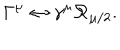
LaTeX: \Gamma ^ { \mu } \leftrightarrow \gamma ^ { \mu } \mathcal { R } _ { \mu / 2 } .